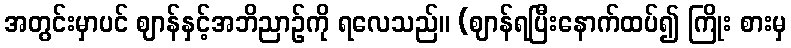
အတွင်းမှာပင် ဈာန်နှင့်အဘိညာဉ်ကို ရလေသည်။ (ဈာန်ရပြီးနောက်ထပ်၍ ကြိုး စားမှ